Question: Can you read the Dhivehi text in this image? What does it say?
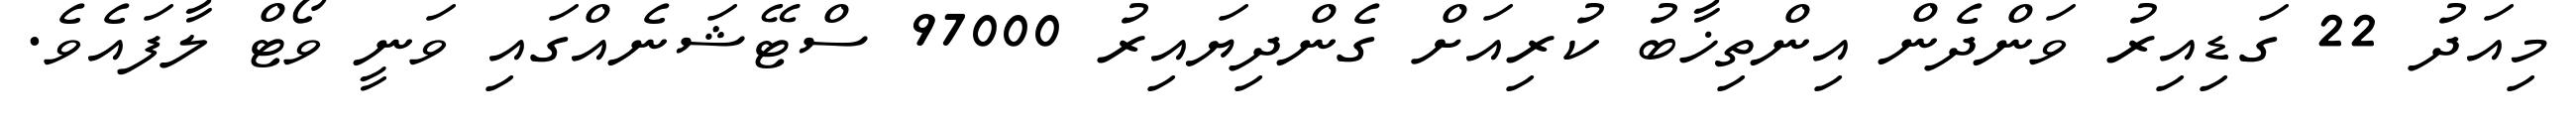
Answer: މިއަދު 22 ގަޑިއިރު ވަންދެން އިންތިޚާބު ކުރިއަށް ގެންދިޔައިރު 97000 ސްޓޭޝަނެއްގައި ވަނީ ވޯޓް ލާފައެވެ.